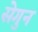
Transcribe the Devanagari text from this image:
सेगुन